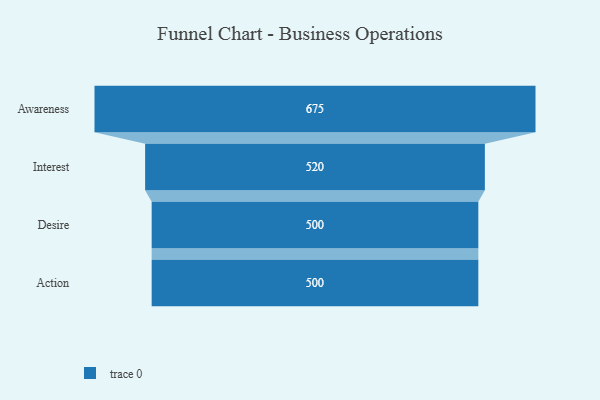
{"axis": {"x": "Stage", "y": "Value"}, "legend": [""], "data": [{"x": "Awareness", "y": 675.0, "type": ""}, {"x": "Interest", "y": 520.0, "type": ""}, {"x": "Desire", "y": 500, "type": ""}, {"x": "Action", "y": 500, "type": ""}]}